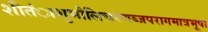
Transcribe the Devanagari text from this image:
शीतंाशुभौलिचरणब्जपरागमात्रभूषा